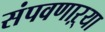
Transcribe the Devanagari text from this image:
संपवणाऱ्या